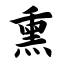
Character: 熏